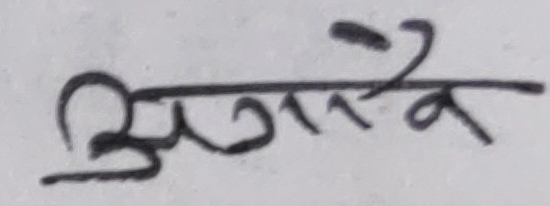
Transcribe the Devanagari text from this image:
अगणैव